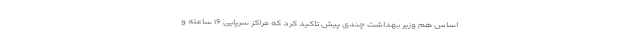
اساس هم وزیر بهداشت چندی پیش تاکید کرد که مراکز سرپایی ۱۶ ساعته و